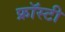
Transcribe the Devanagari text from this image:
फ्रॉस्टी